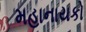
મહાનાયકો